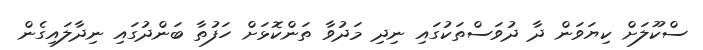
ސްކޫލަށް ކިޔަވަން ދާ ދުވަސްތަކުގައި ނިދި މަދުވާ ތަންކޮޅަށް ހަފުތާ ބަންދުގައި ނިދާލައިގެން